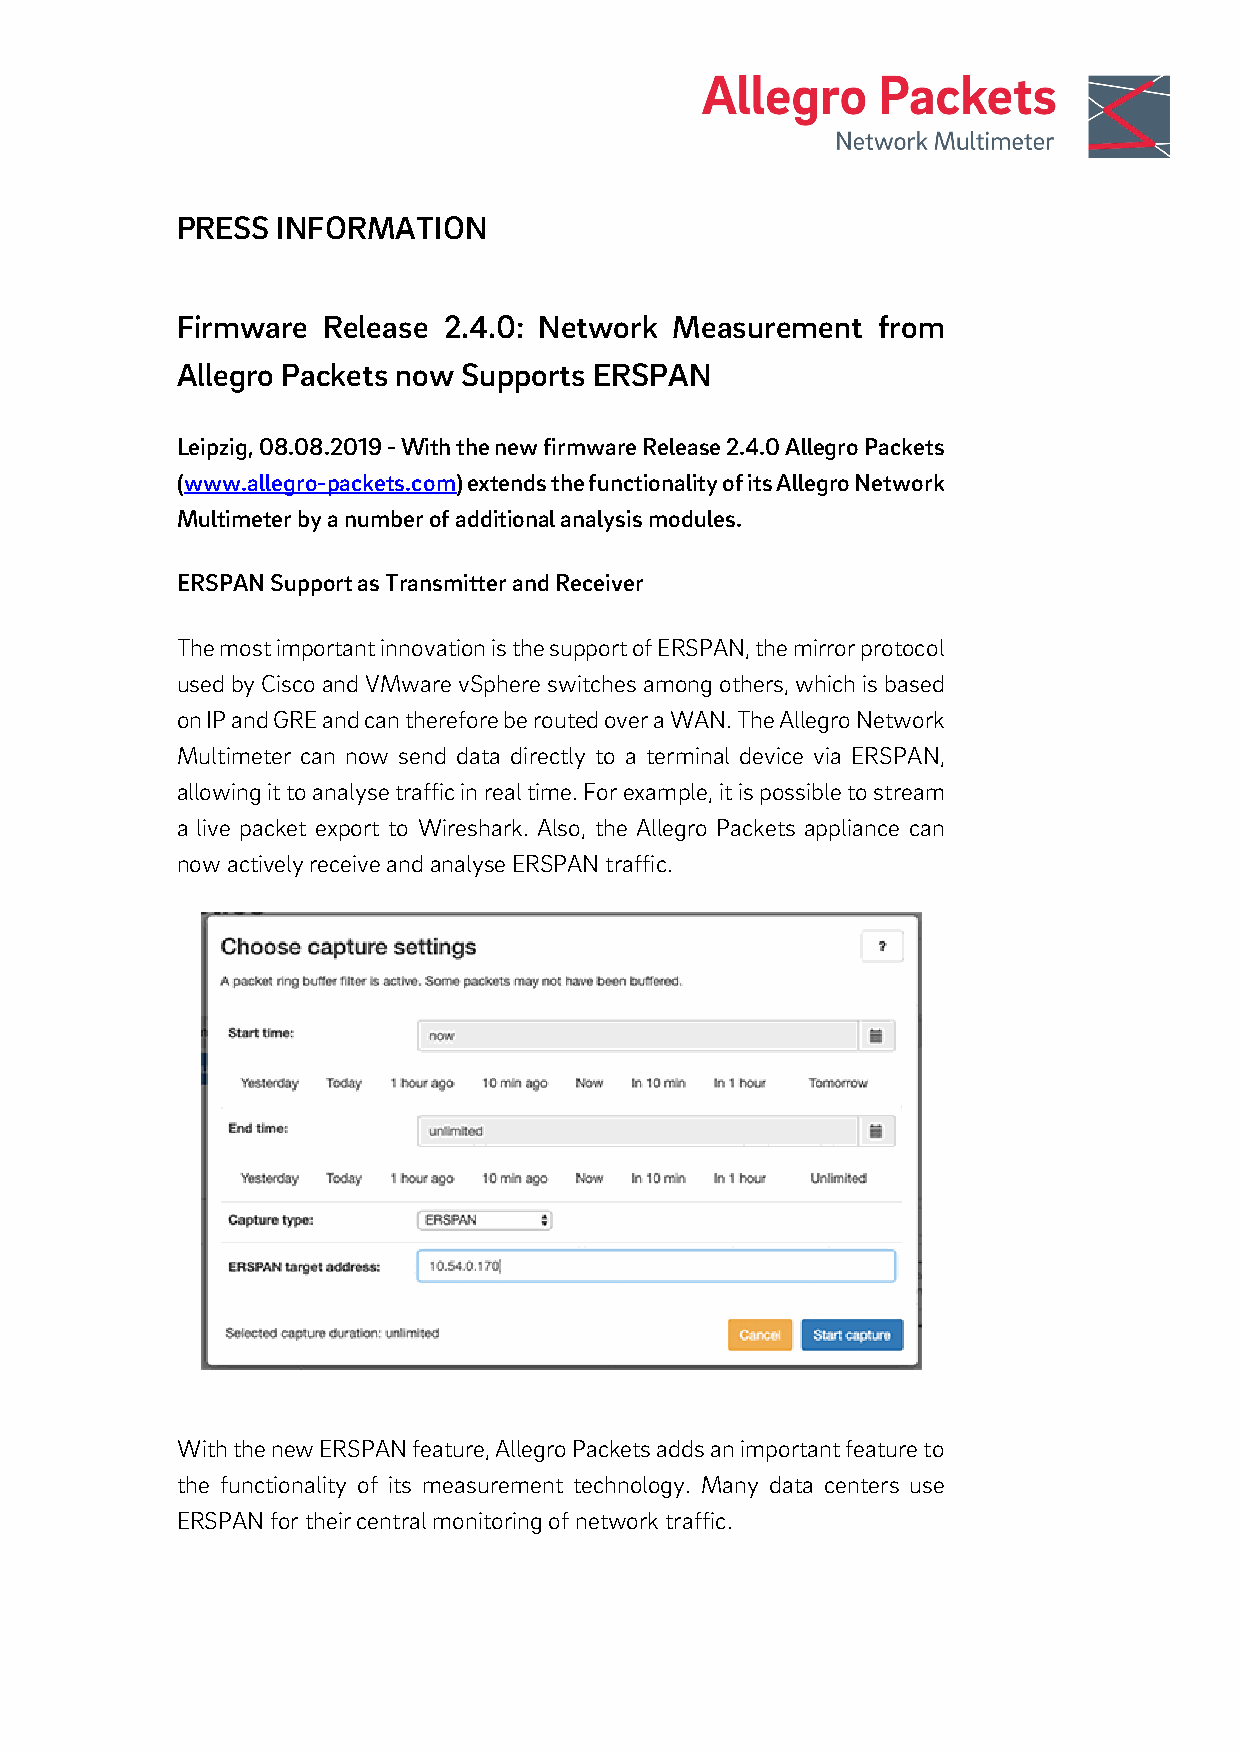
PRESS INFORMATION
 Firmware Release 2.4.0: Network  Measurement  from
 Allegro Packets now Supports ERSPAN
 Leipzig, 08.08.2019 - With the new firmware Release 2.4.0 Allegro Packets
 (www.allegro-packets.com) extends the functionality of its Allegro Network
 Multimeter by a number of additional analysis modules.
 ERSPAN Support as Transmitter and Receiver
 The most important innovation is the support of ERSPAN, the mirror protocol
 used by Cisco and VMware vSphere switches among others, which is based
 on IP and GRE and can therefore be routed over a WAN. The Allegro Network
 Multimeter can now send data directly to a terminal device via ERSPAN,
 allowing it to analyse traffic in real time. For example, it is possible to stream
 a live packet export to Wireshark. Also, the Allegro Packets appliance can
 now actively receive and analyse ERSPAN traffic.
 With the new ERSPAN feature, Allegro Packets adds an important feature to
 the functionality of its measurement technology. Many data centers use
 ERSPAN for their central monitoring of network traffic.